Bréfritari: Rannveig Eiríksdóttir
Viðtakandi: Jón Borgfirðingur
Dagsetning: A-1857-12-24
Skrifað á: Rauðará  Gull.

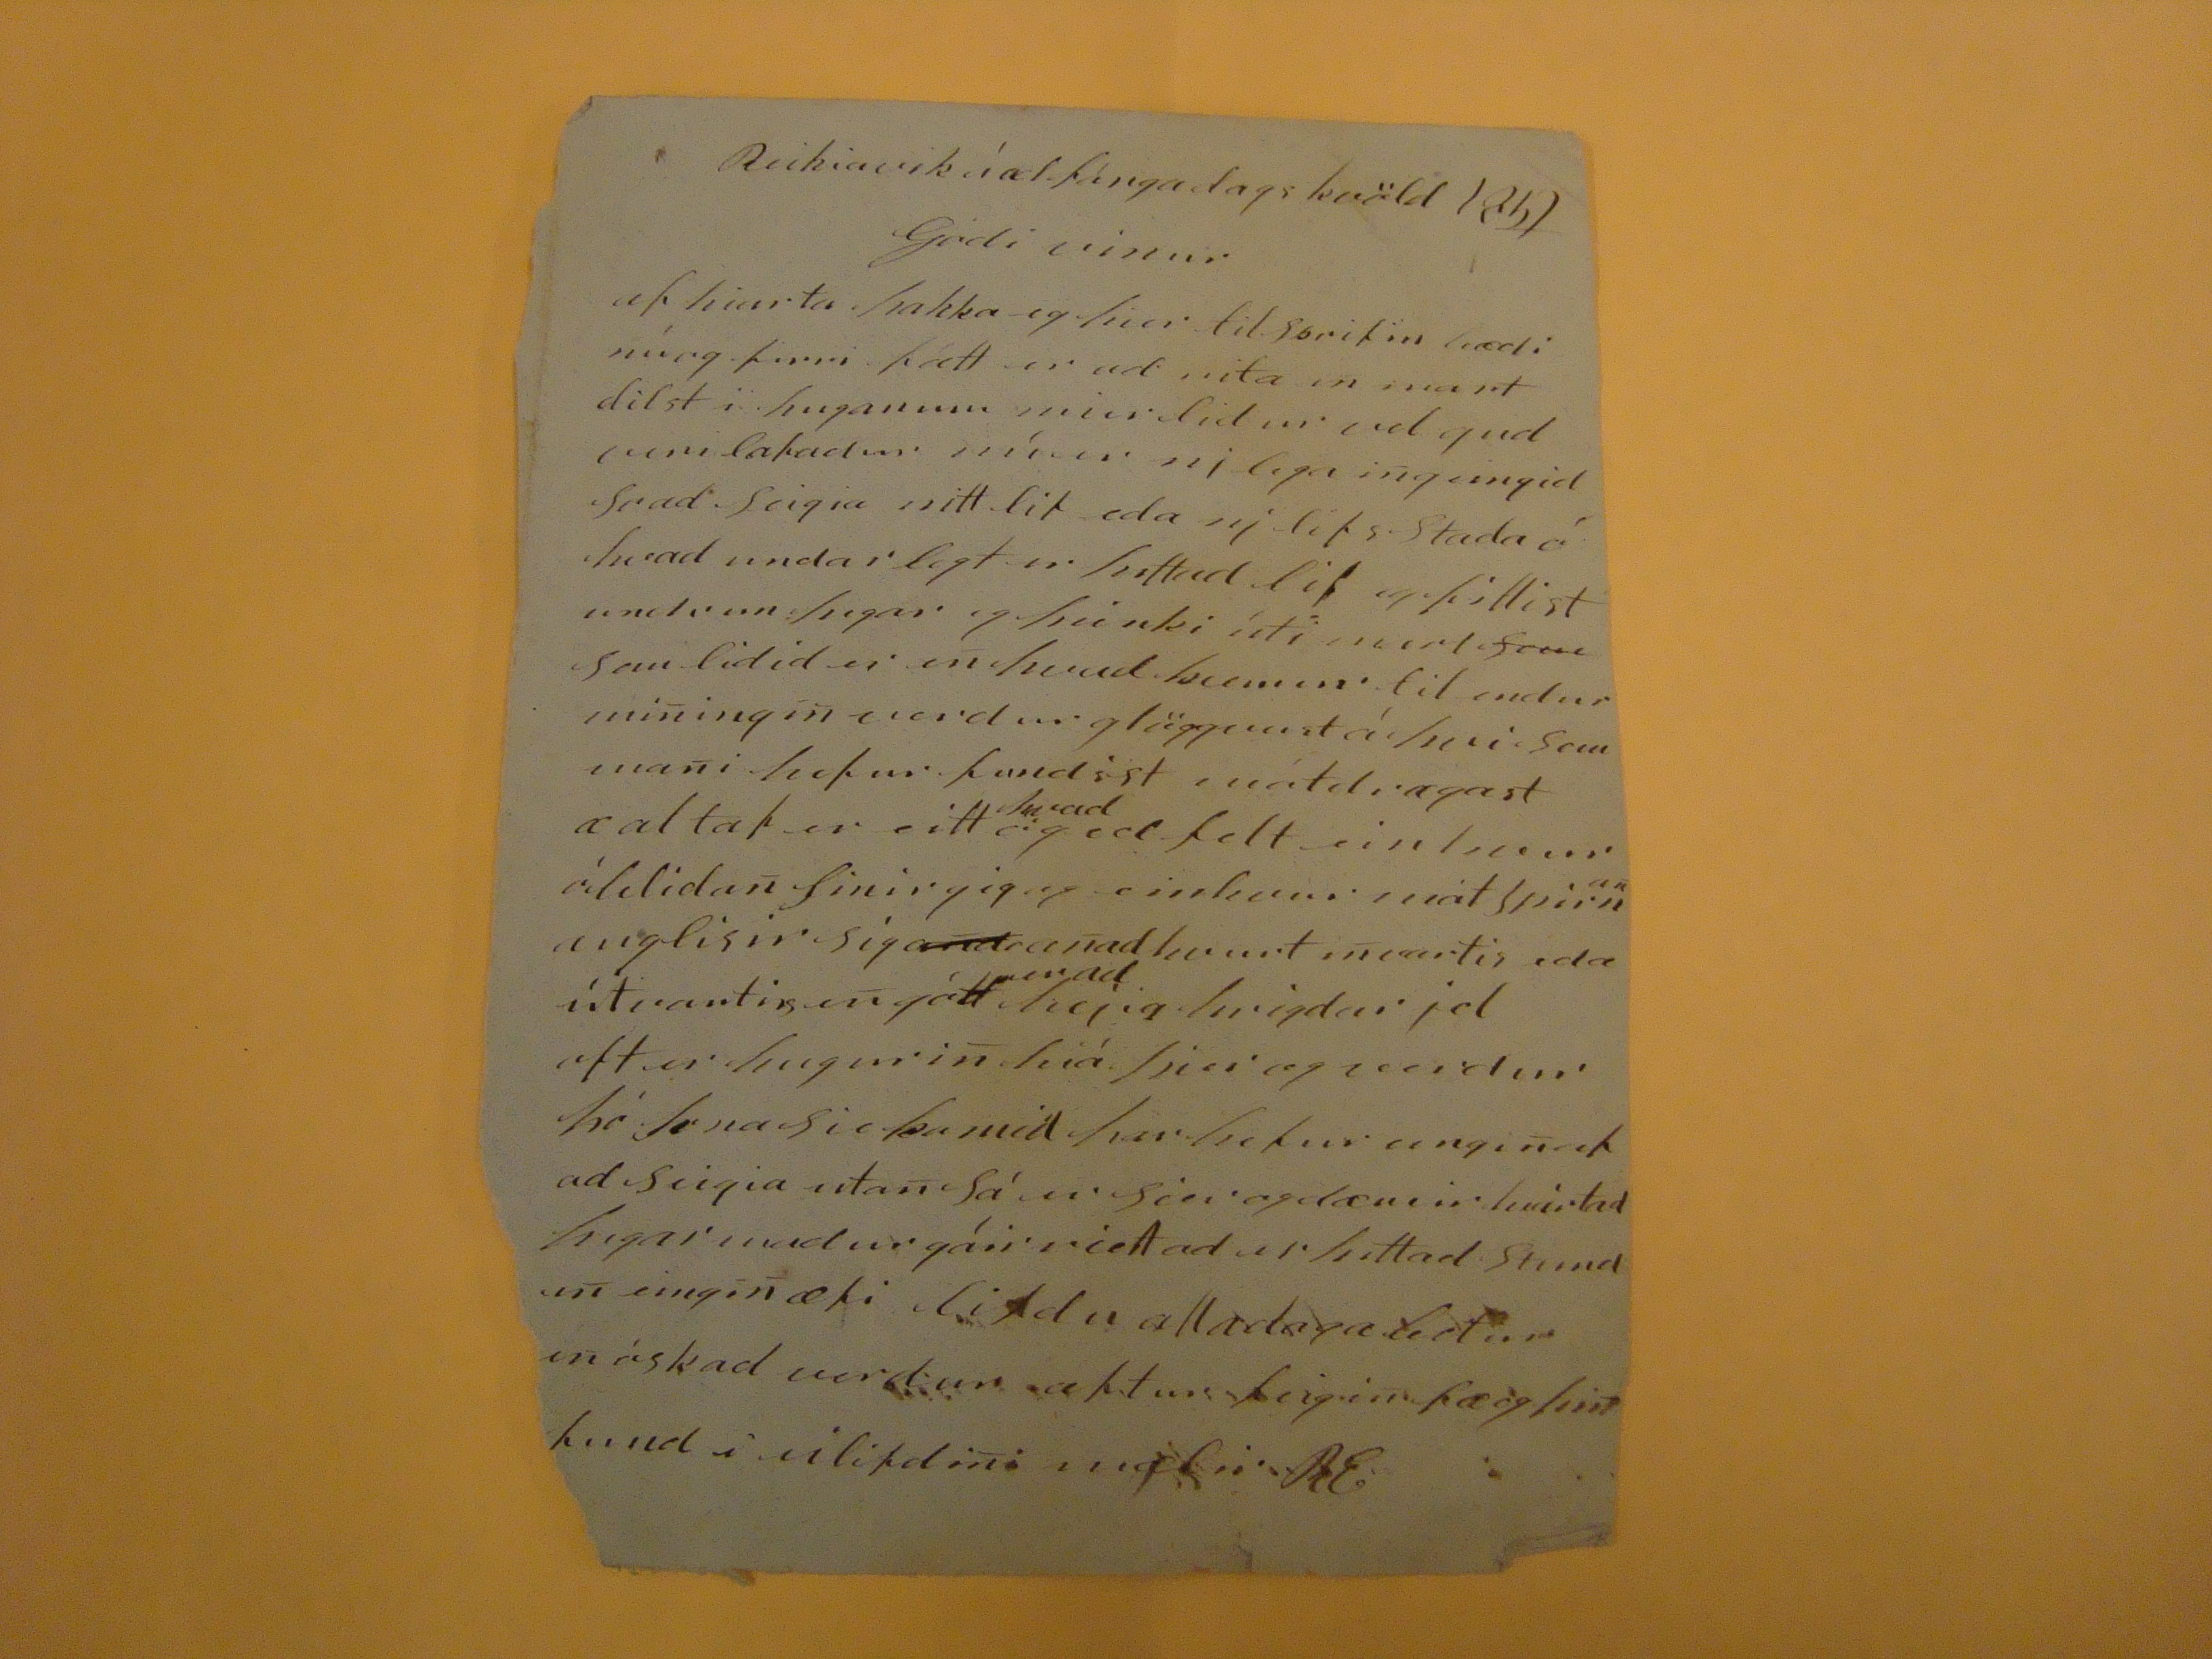

Reikiavik í adfángadagskvöld 1857
Gódi vinur
af hiart aþakka eg hier tilskrifin bædi nú og firri fátt er ad rita en mart dilst i huganum mier didur ad gud
muni sakadur
nú er ny lega ing eingid Svad Seigia mitt lit eda ny lifs stada á hvad undarlegt er þettad lif og fillist undrun þegar og þúnki úti mert
sem
sem lidid er en hvad kemur til endur miningin verdur glöggvast á þvi sem mani hefur fundist mátdi ægast æ altaf er eitt
hvad
eg vel Selt einhvern álidan Sinir sig eg einkum mát spirnan auglisir sig
and
ranad hvurt invortis eda útivortis en gátt
er ad
hejir hrigdar jel oft er hugurin hiá þier og verdur þó kona su komid her hefur eingin af ad seigia utan Sá er sier og dæmir mirtad þegar undur gáir riett ad er þettad stund en eingin æfi liSdu alla daga betur en óskad verdur aftur feigin þæ og sint kend i ulifdini melir RE